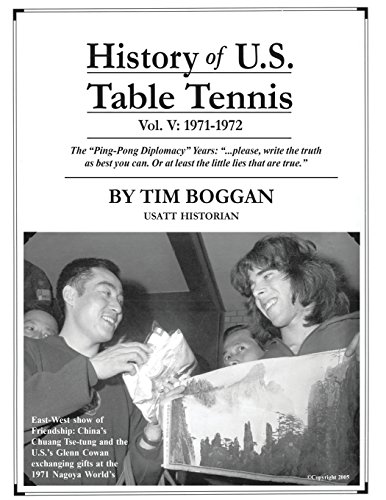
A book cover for History of U.S. Table Tennis Volume 5; Tim Boggan; Sports & Outdoors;